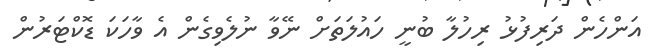
އަންހެން ދަރިފުޅު ރިހުލާ ބުނީ ހައުލަތަށް ނޭވާ ނުލެވިގެން އެ ވާހަކަ ޑޮކްޓަރުން